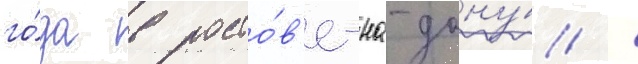
го́да в росто́в'е-на-дону́ /